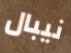
نيبال